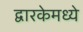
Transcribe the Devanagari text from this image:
द्वारकेमध्ये